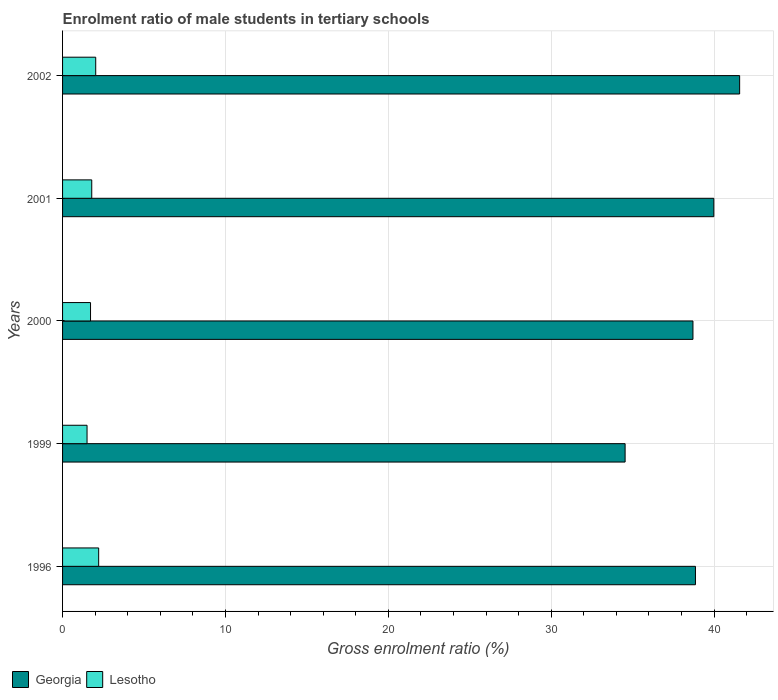
| Years | Georgia | Lesotho |
 | --- | --- | --- |
 | 1996 | 38.9 | 2.22 |
 | 1999 | 34.5 | 1.5 |
 | 2000 | 38.7 | 1.72 |
 | 2001 | 40 | 1.79 |
 | 2002 | 41.6 | 2.04 |